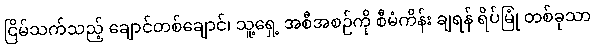
ငြိမ်သက်သည့် ချောင်တစ်ချောင်၊ သူ့ရှေ့ အစီအစဉ်ကို စီမံကိန်း ချရန် ရိပ်မြုံ တစ်ခုသာ